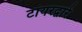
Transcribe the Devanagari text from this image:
टायरद्वारे